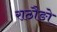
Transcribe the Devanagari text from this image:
राठौङो